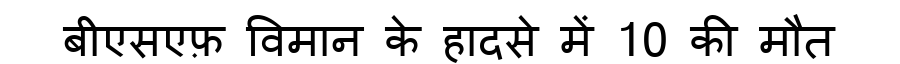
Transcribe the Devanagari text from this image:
बीएसएफ़ विमान के हादसे में 10 की मौत